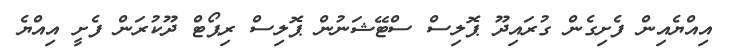
އިއްޔެއިން ފެށިގެން ގުރައިދޫ ޕޮލިސް ސްޓޭޝަނުން ޕޮލިސް ރިޕޯޓް ދޫކުރަން ފެށީ އިއްޔެ